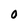
Character: 0